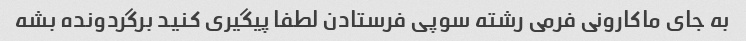
به جای ماکارونی فرمی رشته سوپی فرستادن لطفا پیگیری کنید برگردونده بشه